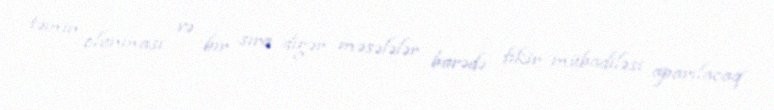
təmin olunması və bir sıra digər məsələlər barədə fikir mübadiləsi aparılacaq.